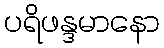
ပရိဖန္ဒမာနော